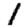
Digit: 1